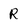
Character: R